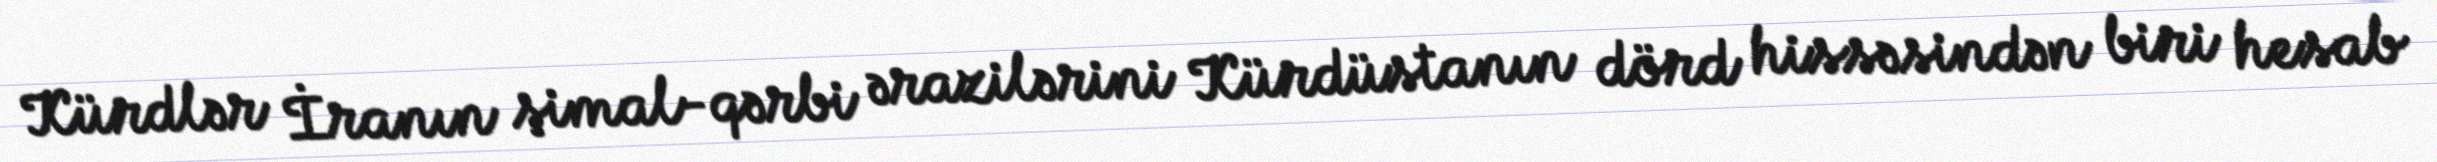
Kürdlər İranın şimal-qərbi ərazilərini Kürdüstanın dörd hissəsindən biri hesab